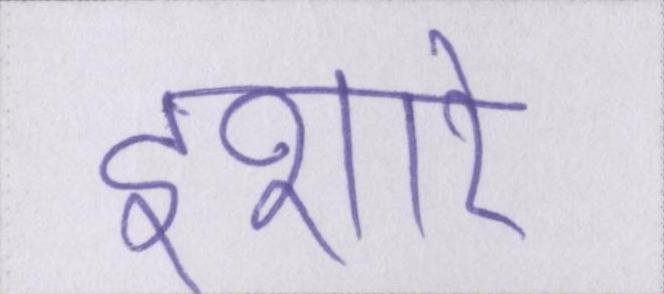
इशारे